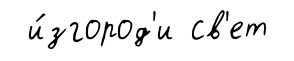
и́згород'и св'ет